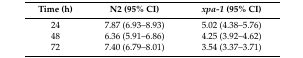
| Time (h) | N2 (95% CI) | xpa-1 (95% CI) |
 | --- | --- | --- |
 | 24 | 7.87 (6.93–8.93) | 5.02 (4.38–5.76) |
 | 48 | 6.36 (5.91–6.86) | 4.25 (3.92–4.62) |
 | 72 | 7.40 (6.79–8.01) | 3.54 (3.37–3.71) |